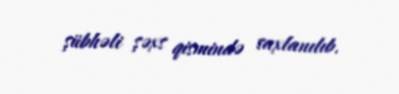
şübhəli şəxs qismində saxlanılıb.